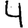
Digit: 4